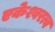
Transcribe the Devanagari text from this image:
एकेश्वरत्व